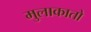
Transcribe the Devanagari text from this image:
मुलाकातो